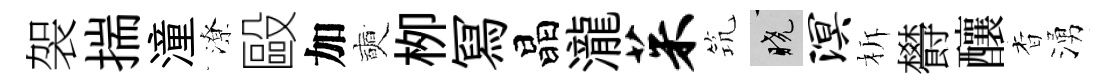
袈揣潼潦毆加奭栁冩晶瀧茱𥬑曉溟柝欎釀杳湧